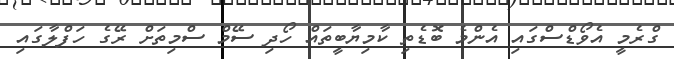
ގްރެމީ އެވޯޑްސްގައި އެންމެ ބޮޑެތި ކާމިޔާބީތައް ހޯދި ސޭމް ސްމިތަށް ރޭގެ ހަފްލާގައި